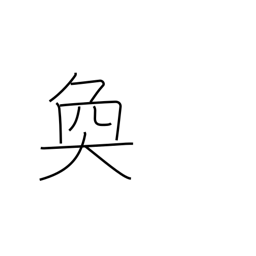
Meaning: bright